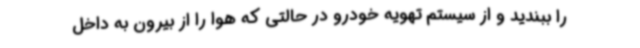
را ببندید و از سیستم تهویه خودرو در حالتی که هوا را از بیرون به داخل